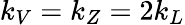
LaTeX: k_{V}=k_{Z}=2k_{L}